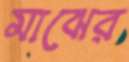
মাঝের